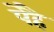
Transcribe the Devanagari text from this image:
पेहै